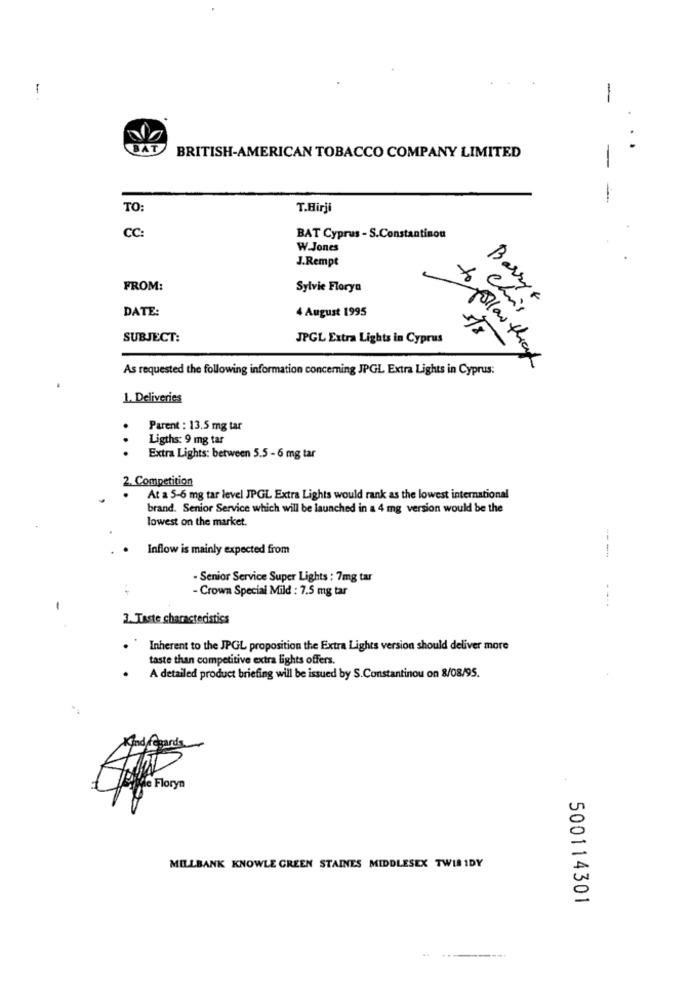
-
-
.
.
BAT
BRITISH-AMERICAN TOBACCO COMPANY LIMITED
-
TO:
T.Hirji
CC:
BAT Cyprus - S.Constantinou
W.Jones
J.Rempt
FROM:
Sylvie Florya
BarryF
DATE:
4 August 1995
Chi's
SUBJECT:
JPGL Extra Lights in Cyprus
As requested the following information concerning JPGL Extra Lights in Cyprus:
to follow through
1. Deliveries
Parent : 13.5 mg tar
Ligths: 9 mg tar
...
Extra Lights: between 5.5 - 6 mg tar
2. Competition
At a 5-6 mg tar level JPGL Extra Lights would rank as the lowest international
brand. Senior Service which will be launched in a 4 mg version would be the
lowest on the market.
Inflow is mainly expected from
- Senior Service Super Lights : 7mg tar
- Crown Special Mild : 7.5 mg tar
--..
2. Taste characteristics
Inherent to the JPGL proposition the Extra Lights version should deliver more
taste than competitive extra lights offers.
A detailed product briefing will be issued by S.Constantinou on 8/08/95.
gard
Texte Floryn
MILLBANK KNOWLE GREEN STAINES MIDDLESEX TWIR IDY
500114301
---- i ..